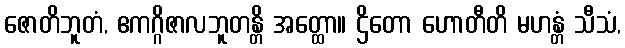
ဇောတိဘူတံ, ဧကဂ္ဂိဇာလဘူတန္တိ အတ္ထော။ ဌိတော ဟောတီတိ မဟန္တံ သီသံ,